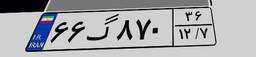
۶۶گ۸۷۰۳۶